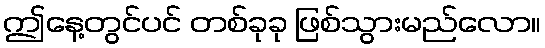
ဤနေ့တွင်ပင် တစ်ခုခု ဖြစ်သွားမည်လော။